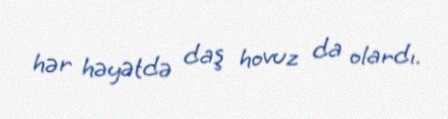
hər həyətdə daş hovuz da olardı.